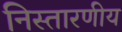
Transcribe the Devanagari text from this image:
निस्तारणीय